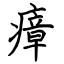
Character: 瘴